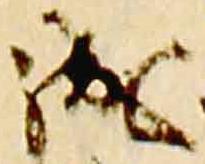
職